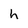
Character: h